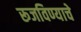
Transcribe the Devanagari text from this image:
रूजविण्याचे